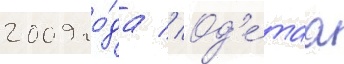
2009 го́да // Од'е́таа